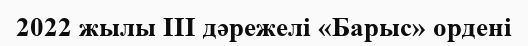
2022 жылы III дәрежелі «Барыс» ордені